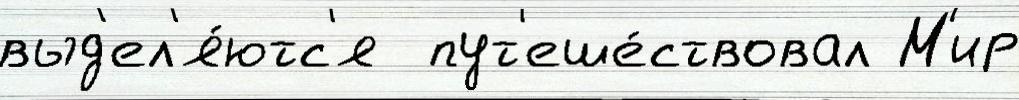
выд'ел'я́ютс'я  пут'еше́ствовал М'ир